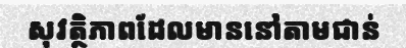
សុវត្ថិភាពដែលមាននៅតាមជាន់